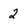
Character: 2